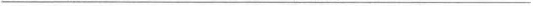
___